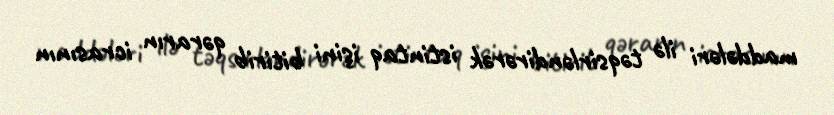
maddələri ilə təqsirləndirərək istintaq işini bitirib qərarın icrasının